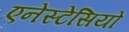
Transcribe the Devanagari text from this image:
एनेस्टेसियो